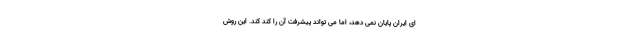
ای ایران پایان نمی دهد، اما می تواند پیشرفت آن را کُند کند. این روش